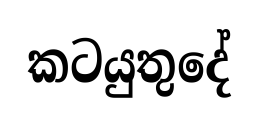
කටයුතුදේ